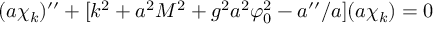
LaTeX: ( a \chi _ { k } ) ^ { \prime \prime } + [ k ^ { 2 } + a ^ { 2 } M ^ { 2 } + g ^ { 2 } a ^ { 2 } \varphi _ { 0 } ^ { 2 } - a ^ { \prime \prime } / a ] ( a \chi _ { k } ) = 0